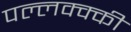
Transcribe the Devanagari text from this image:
पल्लक्क्की